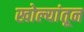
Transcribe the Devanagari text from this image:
खोल्यांतून